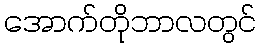
အောက်တိုဘာလတွင်